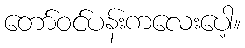
တော်ဝင်ပန်းကလေးပေါ့။